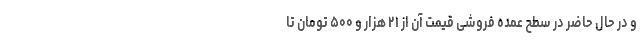
و در حال حاضر در سطح عمده فروشی قیمت آن از ۲۱ هزار و ۵۰۰ تومان تا